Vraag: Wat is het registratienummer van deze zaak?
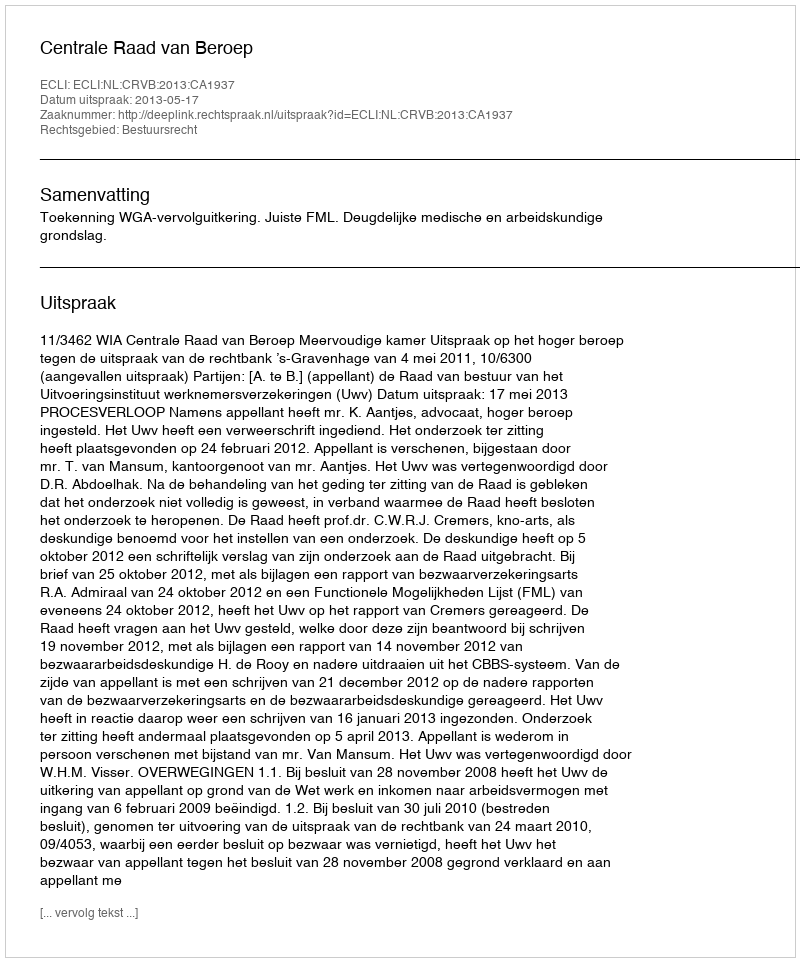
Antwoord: http://deeplink.rechtspraak.nl/uitspraak?id=ECLI:NL:CRVB:2013:CA1937